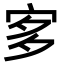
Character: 㝖